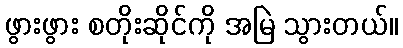
ဖွားဖွား စတိုးဆိုင်ကို အမြဲ သွားတယ်။